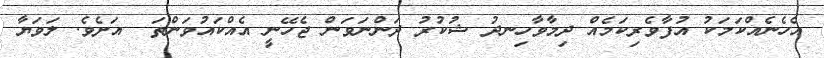
އެހެނެއްކަމަކު އުފާވެރިކަމެއް ދިމާވާހިނދު ޝުކުރު ދަންނަވަން ޖެހޭނީ އެއްކައުވަންތަ  އަށެވެ. ލަވަޔާ